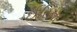
ઈરિના